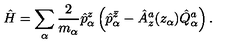
\hat { H } = \sum _ { \alpha } { \frac { 2 } { m _ { \alpha } } } \hat { p } _ { \alpha } ^ { z } \left( \hat { p } _ { \alpha } ^ { \bar { z } } - \hat { A } _ { z } ^ { a } ( z _ { \alpha } ) \hat { Q } _ { \alpha } ^ { a } \right) .